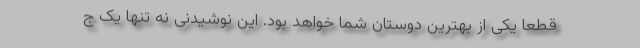
قطعا یکی از بهترین دوستان شما خواهد بود. این نوشیدنی نه تنها یک ج